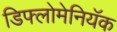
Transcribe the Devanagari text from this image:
डिफ्लोमेनियॅक